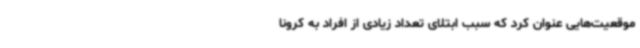
موقعیت‌هایی عنوان کرد که سبب ابتلای تعداد زیادی از افراد به کرونا